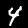
Label: 4